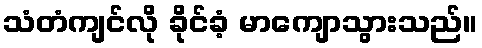
သံတံကျင်လို ခိုင်ခံ့ မာကျောသွားသည်။